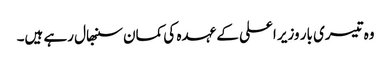
وہ تیسری بار وزیر اعلی کے عہدہ کی کمان سنبھال رہے ہیں۔